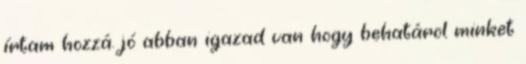
írtam hozzá. jó abban igazad van hogy behatárol minket